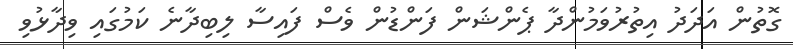
ގޮތުން އަދަދު އިތުރުވަމުންދާ ޕެންޝަން ފަންޑުން ވެސް ފައިސާ ލިބިދާނެ ކަމުގައި ވިދާޅުވި